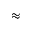
\approx